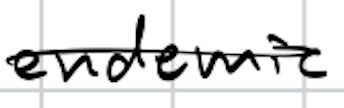
Text: endemic
Cross-out: single-line
Writing tool: digital_black